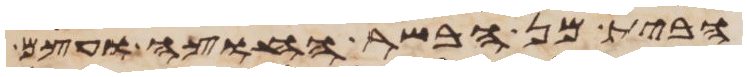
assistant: הבית מן הבשר החוצה ועצם